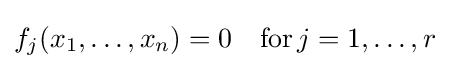
f_{j}(x_{1},\dots ,x_{n})=0\quad {\text{for}}\,j=1,\ldots ,r